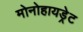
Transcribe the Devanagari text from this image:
मोनोहायड्रेट